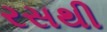
રસથી